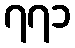
၇၇၁